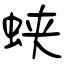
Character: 蛱